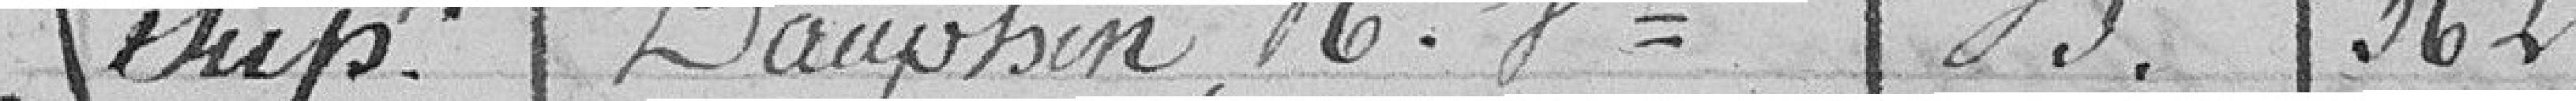
thup Dauphin N°  B  362